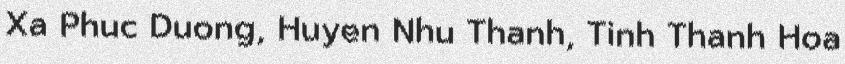
Xa Phuc Duong, Huyen Nhu Thanh, Tinh Thanh Hoa